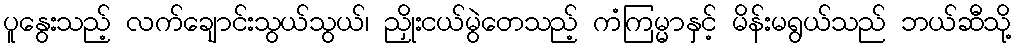
ပူနွေးသည့် လက်ချောင်းသွယ်သွယ်၊ ညှိုးငယ်မွဲတေသည့် ကံကြမ္မာနှင့် မိန်းမရွယ်သည် ဘယ်ဆီသို့